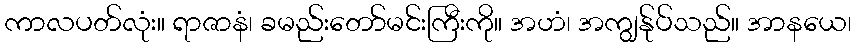
ကာလပတ်လုံး။ ရာဇာနံ၊ ခမည်းတော်မင်းကြီးကို။ အဟံ၊ အကျွန်ုပ်သည်။ အာနယေ၊